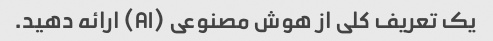
یک تعریف کلی از هوش مصنوعی (AI) ارائه دهید.